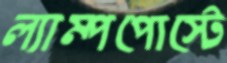
ল্যাম্পপোস্টে